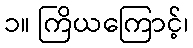
၁။ ကြိယကြောင့်၊